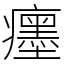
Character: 癦